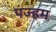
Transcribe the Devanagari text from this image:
पज्हम